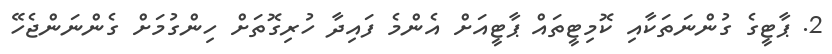
2. ޕާޓީގެ ގުންނަތަކާއި ކޮމިޓީތައް ޕާޓީއަށް އެންމެ ފައިދާ ހުރިގޮތަށް ހިންގުމަށް ގެންނަންޖެހޭ